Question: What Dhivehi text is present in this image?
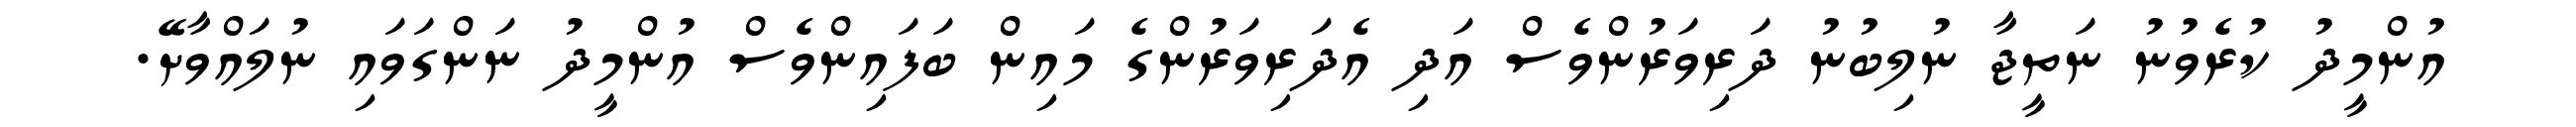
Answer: އުންމީދު ކުރެވުނު ނަތީޖާ ނުލިބުނު ދަރިވަރުންވެސް އަދި އެދަރިވަރުންގެ މައިން ބަފައިންވެސް އުންމީދު ނަންގަވައި ނުލައްވާށޭ.